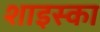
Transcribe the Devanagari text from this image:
शाइस्का